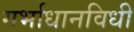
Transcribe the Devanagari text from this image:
गर्भाधानविधी